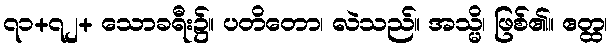
၇၁+၇၂+ သောခရီး၌။ ပတိတော၊ လဲသည်။ အသ္မိ၊ ဖြစ်၏။ ဧတ္ထ၊